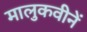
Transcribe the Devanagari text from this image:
मालुकवीनें